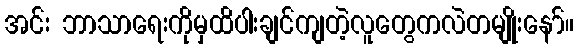
အင်း ဘာသာရေးကိုမှထိပါးချင်ကျတဲ့လူတွေကလဲတမျိုးနော်။